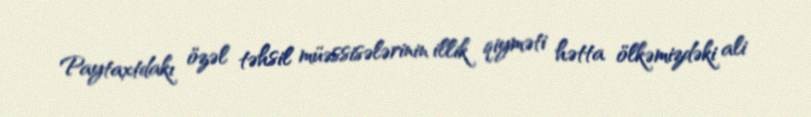
Paytaxtdakı özəl təhsil müəssisələrinin illik qiyməti hətta ölkəmizdəki ali